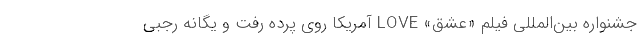
جشنواره بین‌المللی فیلم «عشق» LOVE آمریکا روی پرده رفت و یگانه رجبی